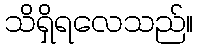
သိရှိရလေသည်။